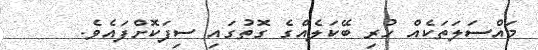
މައްސަލަތަކެއް ހުރި ބޭކަލެއްގެ ގޮތުގައި ސިފަކޮށްފައެވެ.